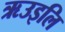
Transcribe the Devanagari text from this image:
ऋउइलि